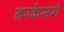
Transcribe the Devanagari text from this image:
नरकेसरी